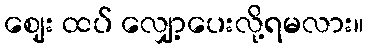
ဈေး ထပ် လျှော့ပေးလို့ရမလား။